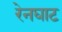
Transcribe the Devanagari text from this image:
रेनघाट